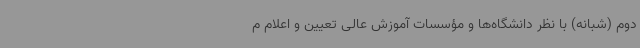
دوم (شبانه) با نظر دانشگاه‌ها و مؤسسات آموزش عالی تعیین و اعلام م